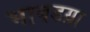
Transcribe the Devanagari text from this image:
भाबडय़ा